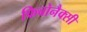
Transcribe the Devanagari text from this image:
फिबोनैक्सी